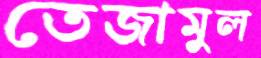
তেজামুল